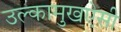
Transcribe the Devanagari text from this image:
उल्कामुखऐसी